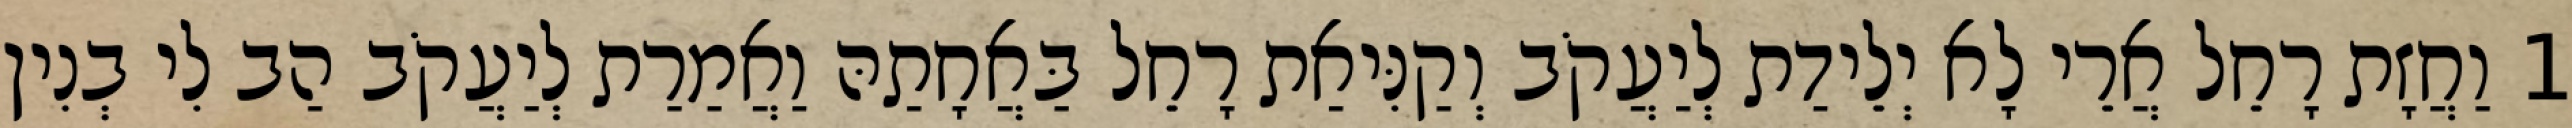
1 וַחֲזָת רָחֵל אֲרֵי לָא יְלֵידַת לְיַעֲקֹב וְקַנִּיאַת רָחֵל בַּאֲחָתַהּ וַאֲמַרַת לְיַעֲקֹב הַב לִי בְנִין